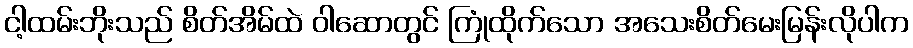
ငါ့ထမ်းဘိုးသည် စိတ်အိမ်ထဲ ဝါဆောတွင် ကြုံထိုက်သော အသေးစိတ်မေးမြန်းလိုပါက